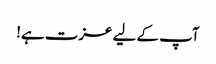
آپ کے لیے عزت ہے!